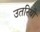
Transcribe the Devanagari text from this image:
उतरियो